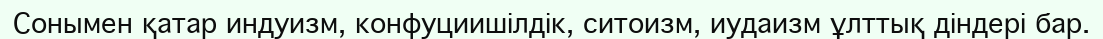
Сонымен қатар индуизм, конфуциишілдік, ситоизм, иудаизм ұлттық діндері бар.